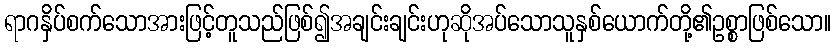
ရာဂနှိပ်စက်သောအားဖြင့်တူသည်ဖြစ်၍အချင်းချင်းဟုဆိုအပ်သောသူနှစ်ယောက်တို့၏ဥစ္စာဖြစ်သော။